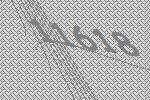
11618